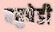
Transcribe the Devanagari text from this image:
बहुपेडी